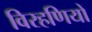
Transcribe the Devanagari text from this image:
विरहणियों